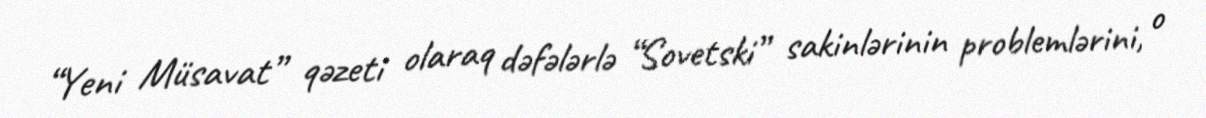
“Yeni Müsavat” qəzeti olaraq dəfələrlə “Sovetski” sakinlərinin problemlərini, o